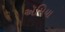
ઍમિયા